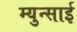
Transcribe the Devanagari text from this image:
म्युन्साई